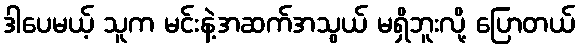
ဒါပေမယ့် သူက မင်းနဲ့အဆက်အသွယ် မရှိဘူးလို့ ပြောတယ်